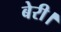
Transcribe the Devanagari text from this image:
बेरी।